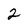
Character: 2